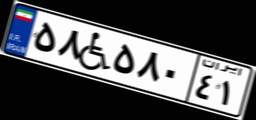
۵۸W۵۸۰۴۱